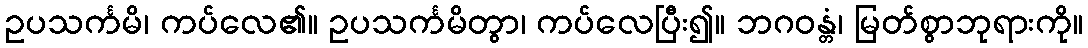
ဥပသင်္ကမိ၊ ကပ်လေ၏။ ဥပသင်္ကမိတွာ၊ ကပ်လေပြီး၍။ ဘဂဝန္တံ၊ မြတ်စွာဘုရားကို။